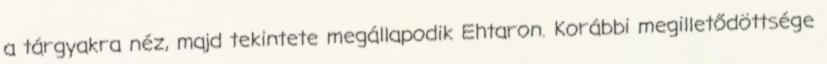
a tárgyakra néz, majd tekintete megállapodik Ehtaron. Korábbi megilletődöttsége